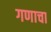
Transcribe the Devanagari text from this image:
गणाचा